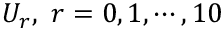
U _ { r } , ~ r = 0 , 1 , \cdots , 1 0